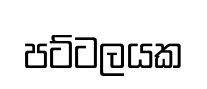
පට්ටලයක